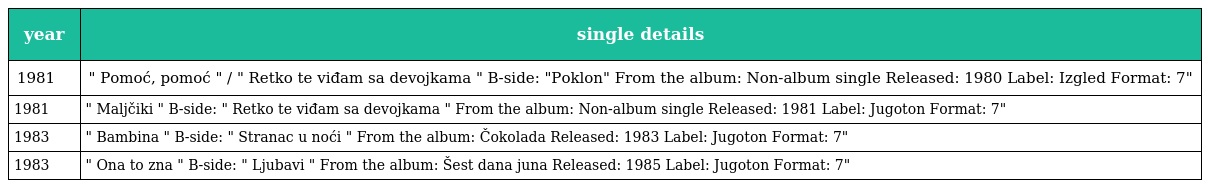
| year | single details |
 | --- | --- |
 | 1981 | " Pomoć, pomoć " / " Retko te viđam sa devojkama " B-side: "Poklon" From the album: Non-album single Released: 1980 Label: Izgled Format: 7" |
 | 1981 | " Maljčiki " B-side: " Retko te viđam sa devojkama " From the album: Non-album single Released: 1981 Label: Jugoton Format: 7" |
 | 1983 | " Bambina " B-side: " Stranac u noći " From the album: Čokolada Released: 1983 Label: Jugoton Format: 7" |
 | 1983 | " Ona to zna " B-side: " Ljubavi " From the album: Šest dana juna Released: 1985 Label: Jugoton Format: 7" |